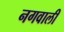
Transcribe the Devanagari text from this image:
नगवाली